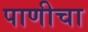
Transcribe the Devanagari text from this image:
पाणीचा